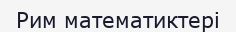
Рим математиктері